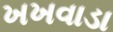
ખખવાડા